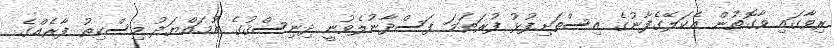
ރިވާގައި ވާގޮތުން އެކަލޭގެފާނުގެ އިސްތަށިފުޅު ފުރަތަމަ ފަސްދާނުލެވުނީ ދިނިސްޤުގެ އުމައްޔަދު މިސްކިތު ފާރެއްގެ